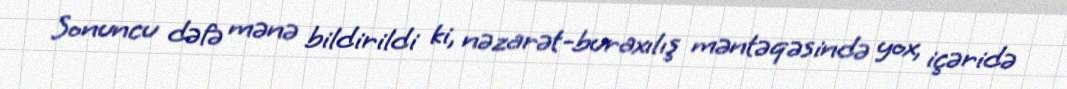
Sonuncu dəfə mənə bildirildi ki, nəzarət-buraxılış məntəqəsində yox, içəridə